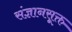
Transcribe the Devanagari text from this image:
संज्ञानसूक्त